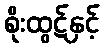
စိုးထွဋ်နှင့်